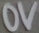
Text: 0V